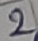
Text: 2